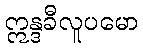
ဣန္ဒခီလူပမော